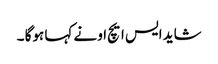
شاید ایس ایچ او نے کہا ہوگا ۔